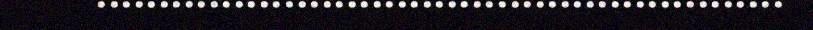
.......................................................